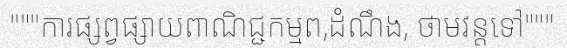
"""ការផ្សព្វផ្សាយពាណិជ្ជកម្មព,ដំណឹង, ថាមវន្តទៅ"""